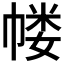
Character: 𰏜